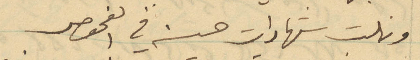
ونلت شهادات حسنه في الفحوص